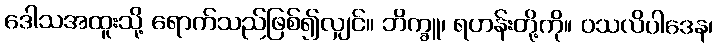
ဒေါသအထူးသို့ ရောက်သည်ဖြစ်၍လျှင်။ ဘိက္ခူ၊ ရဟန်းတို့ကို။ ဝသလိပါဒေန၊